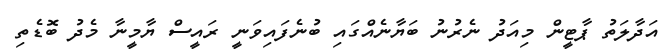
އަދާލަތު ޕާޓީން މިއަދު ނެރުނު ބަޔާނެއްގައި ބުނެފައިވަނީ ރައީސް ޔާމީނާ މެދު ބޮޑެތި